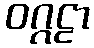
ဝဂ္ဂဠာ